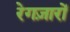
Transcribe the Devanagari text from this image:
रेगज़ारों